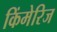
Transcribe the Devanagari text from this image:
किंमेरिज